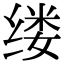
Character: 缕